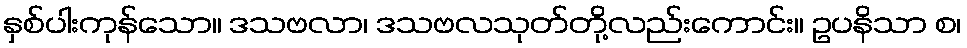
နှစ်ပါးကုန်သော။ ဒသဗလာ၊ ဒသဗလသုတ်တို့လည်းကောင်း။ ဥပနိသာ စ၊